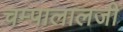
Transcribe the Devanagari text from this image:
चम्पालालजी